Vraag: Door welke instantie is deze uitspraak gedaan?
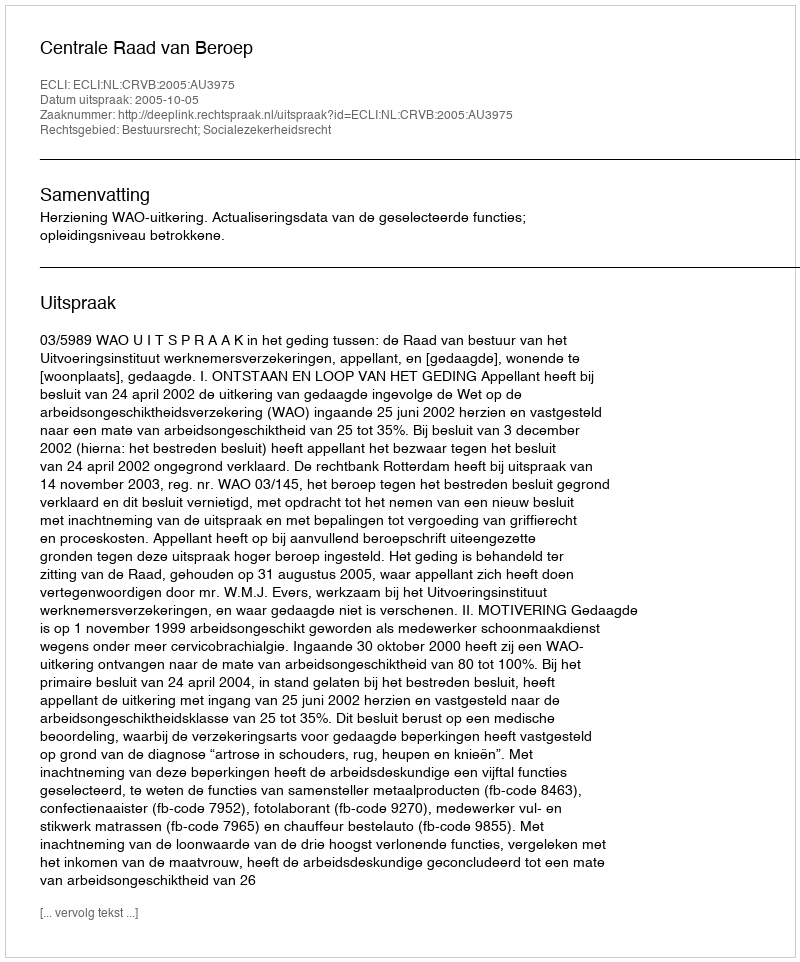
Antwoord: Centrale Raad van Beroep